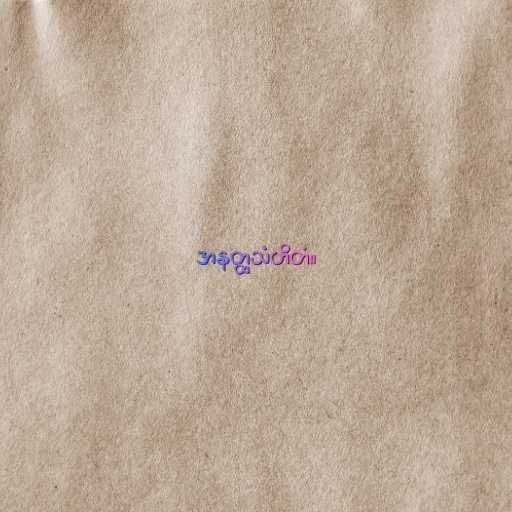
အနတ္ထသံဟိတံ။